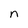
Character: n